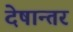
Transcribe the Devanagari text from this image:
देषान्‍तर